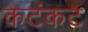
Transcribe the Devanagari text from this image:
कटंकट